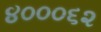
૪૦૦૦૬૨